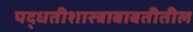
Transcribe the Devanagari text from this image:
पद्धतीशास्त्राबाबतीतील